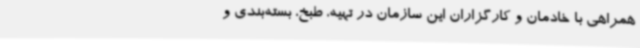
همراهی با خادمان و کارگزاران این سازمان در تهیه، طبخ، بسته‌بندی و